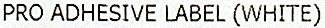
PRO ADHESIVE LABEL (WHITE)